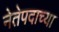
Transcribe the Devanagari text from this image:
नेतेपदाच्या